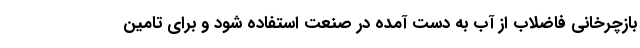
بازچرخانی فاضلاب از آب به دست آمده در صنعت استفاده شود و برای تامین